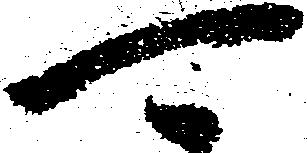
可